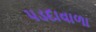
પડદાવાળા